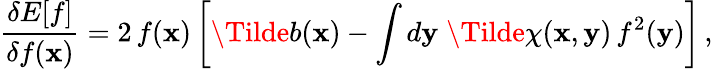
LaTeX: \frac{\delta E[f]}{\delta f({\mathbf x})}=2\, f({\mathbf x})\left[\Tilde{b}({\mathbf x})-\int d{\mathbf y}\; \Tilde{\chi}({\mathbf x},{\mathbf y})\, f^{2}({\mathbf y})\right]\, ,